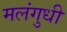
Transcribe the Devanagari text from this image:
मलंगुधी